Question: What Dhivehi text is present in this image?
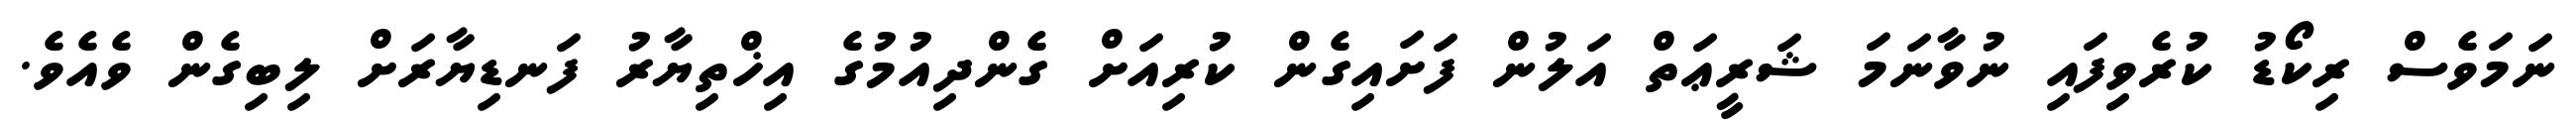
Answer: ނަމަވެސް ރިކޯޑު ކުރެވިފައި ނުވާނަމަ ޝަރީޢަތް އަލުން ފަށައިގެން ކުރިއަށް ގެންދިއުމުގެ އިޚްތިޔާރު ފަނޑިޔާރަށް ލިބިގެން ވެއެވެ.